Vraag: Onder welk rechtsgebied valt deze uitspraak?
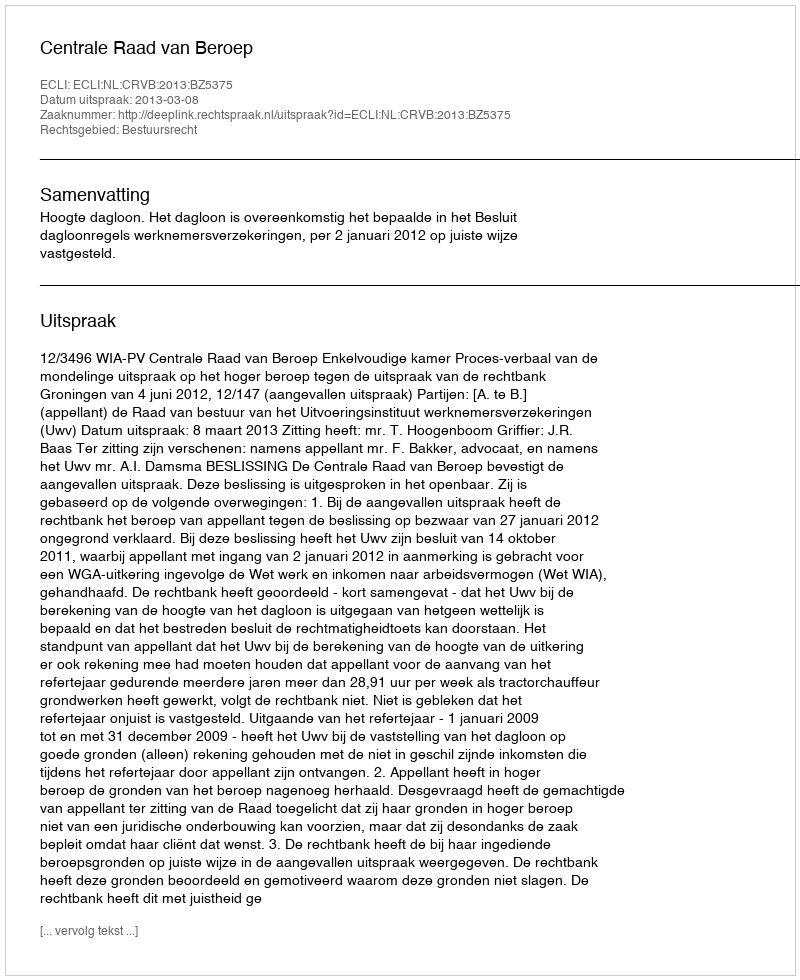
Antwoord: Bestuursrecht